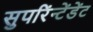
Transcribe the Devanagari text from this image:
सुपरिंन्टेंडेंट